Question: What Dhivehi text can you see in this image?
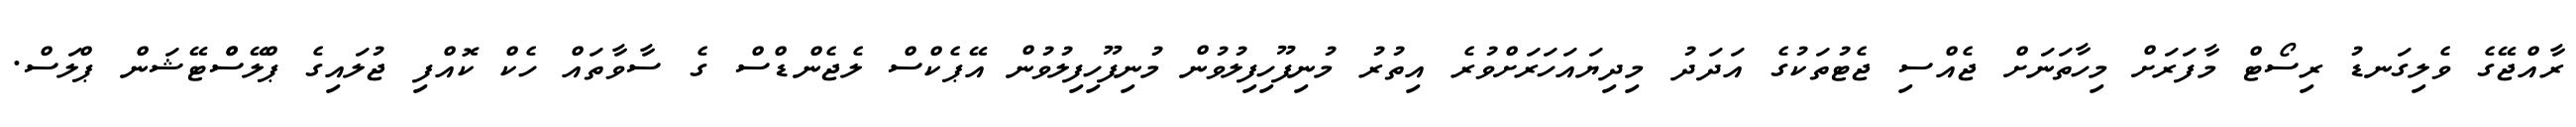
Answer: ރާއްޖޭގެ ވެލިގަނޑު ރިސޯޓް މާފަރަށް މިހާތަނަށް ޖެއްސި ޖެޓުތަކުގެ އަދަދު މިދިޔައަހަރަށްވުރެ އިތުރު މުނިފޫހިފިލުވުން މުނިފޫހިފިލުވުން އޭޕެކްސް ލެޖެންޑްސް ގެ ސާވާތައް ހެކް ކޮއްފި ޖުލައިގެ ޕްލޭސްްޓޭޝަން ޕްލަސް.